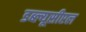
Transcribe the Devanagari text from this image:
डब्ल्यूसीएल